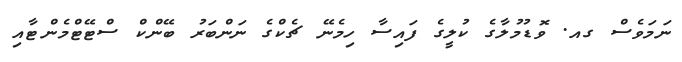
ނަމަވެސް ގއ. ވޮޑުމުލާގެ ކުލީގެ ފައިސާ ހިމެނޭ ޗެކްގެ ނަންބަރު ބޭންކް ސްޓޭޓްމެންޓާއި